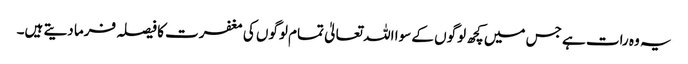
یہ وہ رات ہے جس میں کچھ لوگوں کے سوا اللہ تعالیٰ تمام لوگوں کی مغفرت کا فیصلہ فرما دیتے ہیں۔